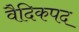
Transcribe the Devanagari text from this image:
वैदिकपद